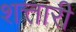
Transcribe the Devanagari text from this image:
शत्तारी